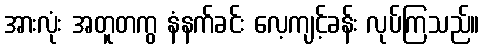
အားလုံး အတူတကွ နံနက်ခင်း လေ့ကျင့်ခန်း လုပ်ကြသည်။